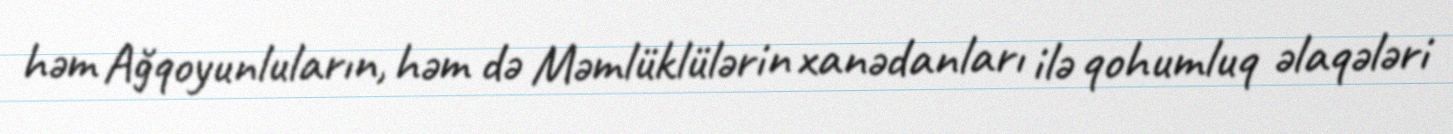
həm Ağqoyunluların, həm də Məmlüklülərin xanədanları ilə qohumluq əlaqələri